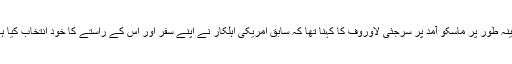
ایڈورڈ سنوڈن کے ہانگ کانگ چھوڑنے اور مبینہ طور پر ماسکو آمد پر سرجئی لاوروف کا کہنا تھا کہ سابق امریکی اہلکار نے اپنے سفر اور اس کے راستے کا خود انتخاب کیا ہے جس سے روسی حکومت کا کوئی تعلق نہیں۔